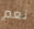
نعم